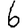
Digit: 6